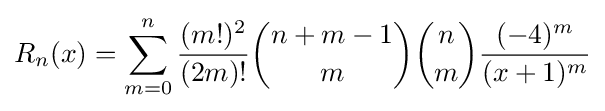
R_{n}(x)=\sum _{m=0}^{n}{\frac {(m!)^{2}}{(2m)!}}{\binom {n+m-1}{m}}{\binom {n}{m}}{\frac {(-4)^{m}}{(x+1)^{m}}}